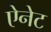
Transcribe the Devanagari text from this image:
ऐनेट